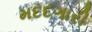
મદદગારી